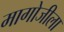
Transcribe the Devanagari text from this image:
मागोजीला